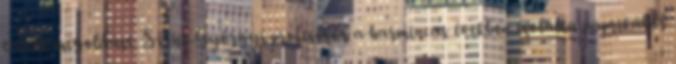
talált megoldást. Szent-Györgyi professzor a harmincas években izolálta paprikából